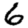
Digit: 6